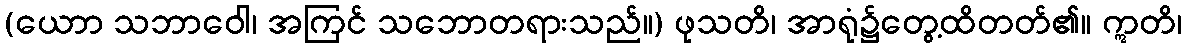
(ယောာ သဘာဝေါ၊ အကြင် သဘောတရားသည်။) ဖုသတိ၊ အာရုံ၌တွေ့ထိတတ်၏။ ဣတိ၊